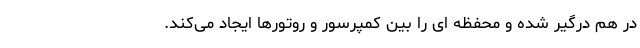
در هم درگیر شده و محفظه ای را بین کمپرسور و روتورها ایجاد می‌کند.